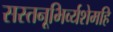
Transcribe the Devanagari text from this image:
सस्तनूभिर्व्यशेमहि